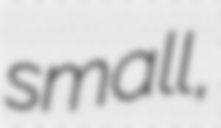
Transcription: small,